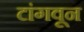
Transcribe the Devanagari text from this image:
टांगवून